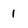
Character: 1